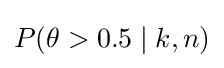
P(\theta >0.5\mid k,n)